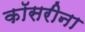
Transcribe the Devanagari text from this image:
कॉसरीना